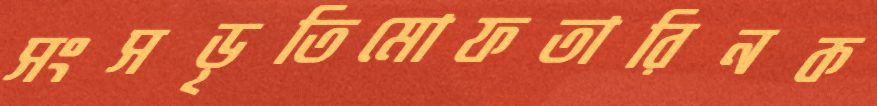
সংসড়ৃতিমোফতারিনক